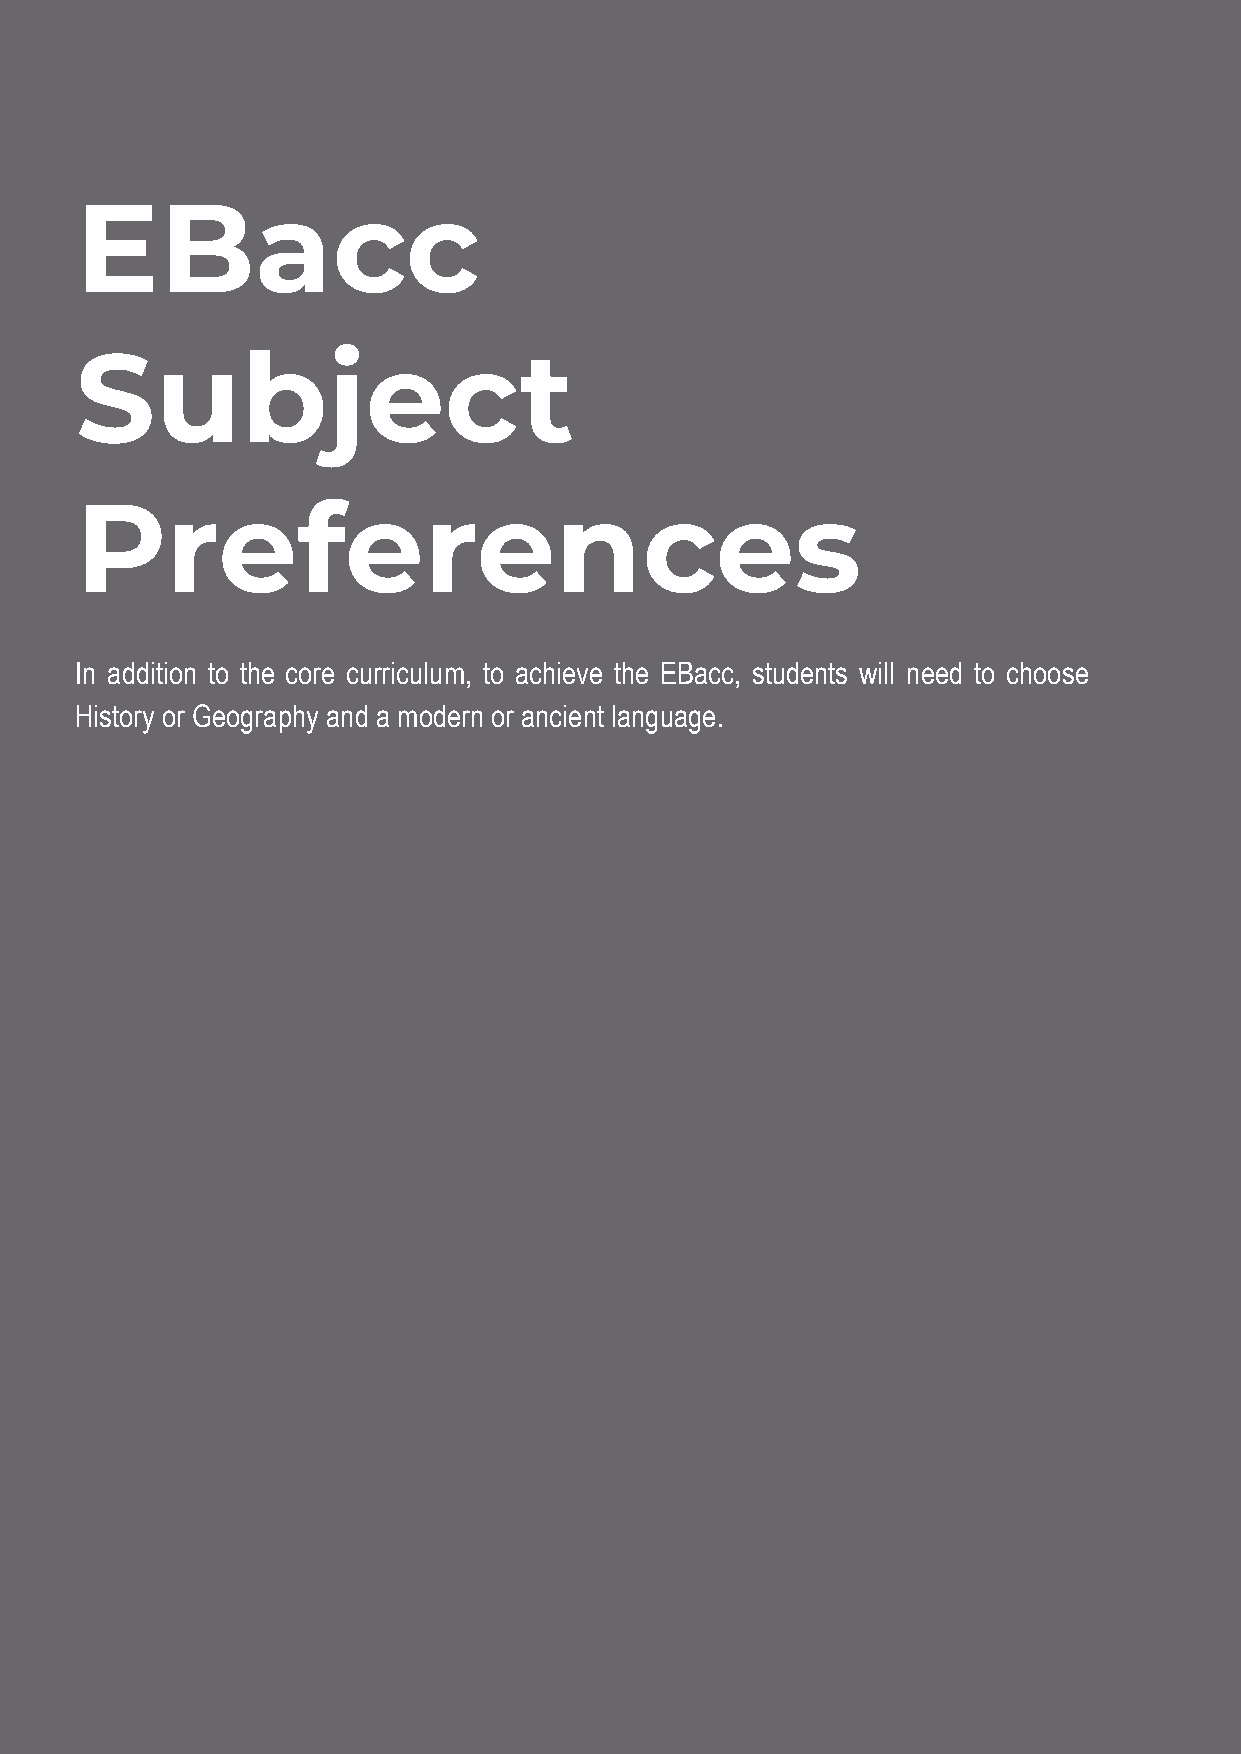
EBacc
 Subject
 Preferences
 In addition to the core curriculum, to achieve the EBacc, students will need to choose
 History or Geography and a modern or ancient language.
 16